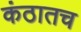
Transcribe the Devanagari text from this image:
कंठातच